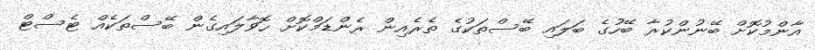
އާންމުކޮށް ބޭނުންކުރާ ބޭހުގެ ބަލައި ބޭސްތަކުގެ ތެރެއިން ރެންޑަމްކޮށް ހޮވާލައިގެން ބޭސްތަކެއްް ޓެސްޓް